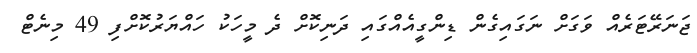
ޖަނަރޭޓަރެއް ވަގަށް ނަގައިގެން ޑިންގީއެއްގައި ދަނިކޮށް ދެ މީހަކު ހައްޔަރުކޮށްފި 49 މިނެޓް